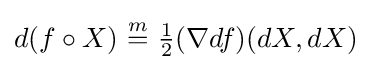
d(f\circ X)\,\,{\stackrel {m}{=}}\,\,{\tfrac {1}{2}}(\nabla df)(dX,dX)